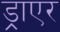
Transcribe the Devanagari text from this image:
ड्राएर